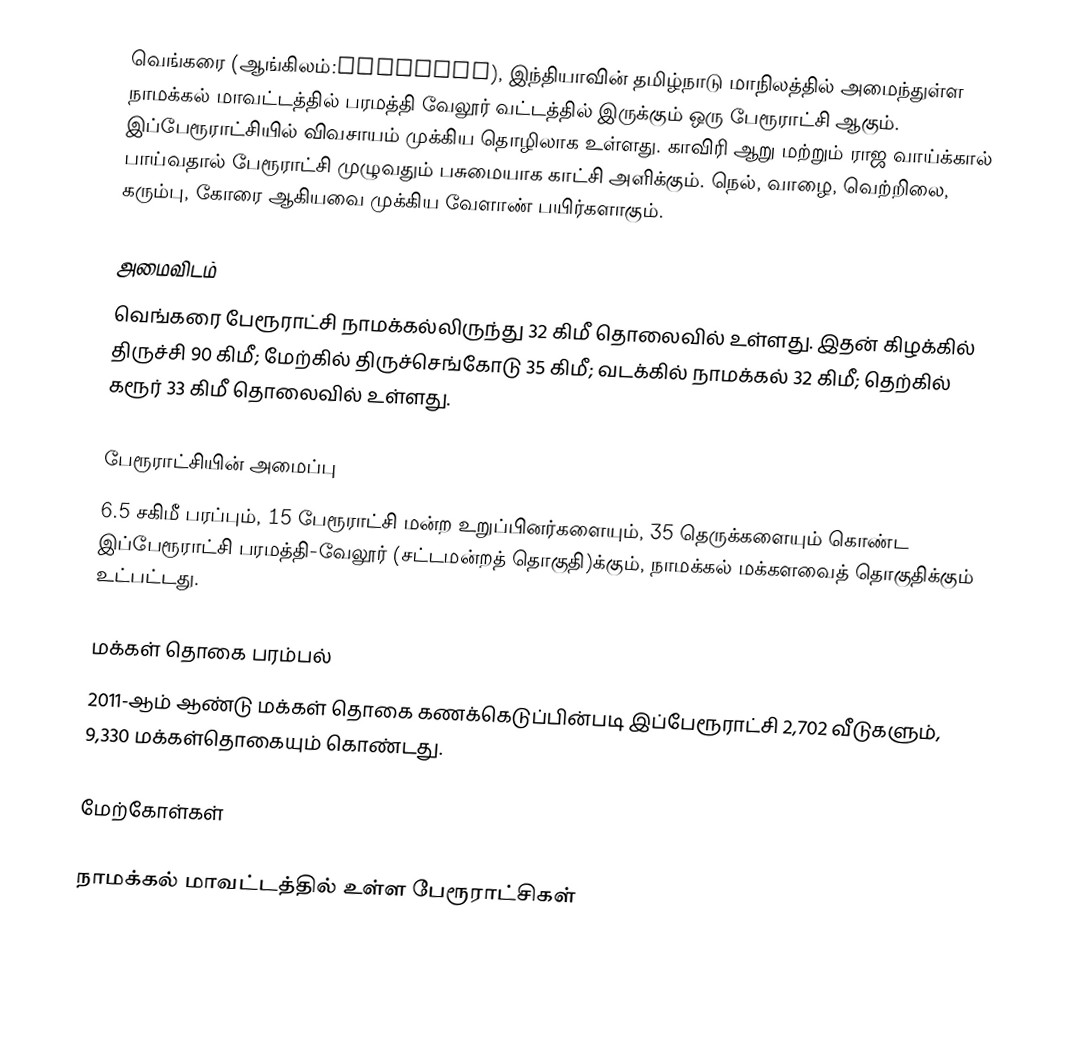
வெங்கரை (ஆங்கிலம்:Venkarai), இந்தியாவின் தமிழ்நாடு மாநிலத்தில் அமைந்துள்ள நாமக்கல் மாவட்டத்தில் பரமத்தி வேலூர் வட்டத்தில் இருக்கும் ஒரு பேரூராட்சி ஆகும். இப்பேரூராட்சியில் விவசாயம் முக்கிய தொழிலாக உள்ளது. காவிரி ஆறு மற்றும் ராஜ வாய்க்கால் பாய்வதால் பேரூராட்சி முழுவதும் பசுமையாக காட்சி அளிக்கும். நெல், வாழை, வெற்றிலை, கரும்பு, கோரை ஆகியவை முக்கிய வேளாண் பயிர்களாகும்.

அமைவிடம்
வெங்கரை பேரூராட்சி நாமக்கல்லிருந்து 32 கிமீ தொலைவில் உள்ளது. இதன் கிழக்கில் திருச்சி 90 கிமீ; மேற்கில் திருச்செங்கோடு 35 கிமீ; வடக்கில் நாமக்கல் 32 கிமீ; தெற்கில் கரூர் 33 கிமீ தொலைவில் உள்ளது.

பேரூராட்சியின் அமைப்பு
6.5 சகிமீ பரப்பும்,  15 பேரூராட்சி மன்ற  உறுப்பினர்களையும்,      35 தெருக்களையும் கொண்ட இப்பேரூராட்சி பரமத்தி-வேலூர் (சட்டமன்றத் தொகுதி)க்கும், நாமக்கல் மக்களவைத் தொகுதிக்கும் உட்பட்டது.

மக்கள் தொகை பரம்பல்
2011-ஆம் ஆண்டு மக்கள் தொகை கணக்கெடுப்பின்படி  இப்பேரூராட்சி     2,702  வீடுகளும்,  9,330  மக்கள்தொகையும் கொண்டது.

மேற்கோள்கள்

நாமக்கல் மாவட்டத்தில் உள்ள பேரூராட்சிகள்